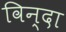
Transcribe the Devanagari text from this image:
विन्दा